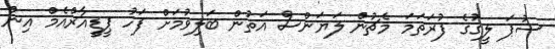
ސުޕަ ލީގުގެ ފުރަތަމަ މެޗުން ލަޔަންސް އަތުން ބަލިވުމަށް ފަހު ޕީޑީއާރްއެމް އިން